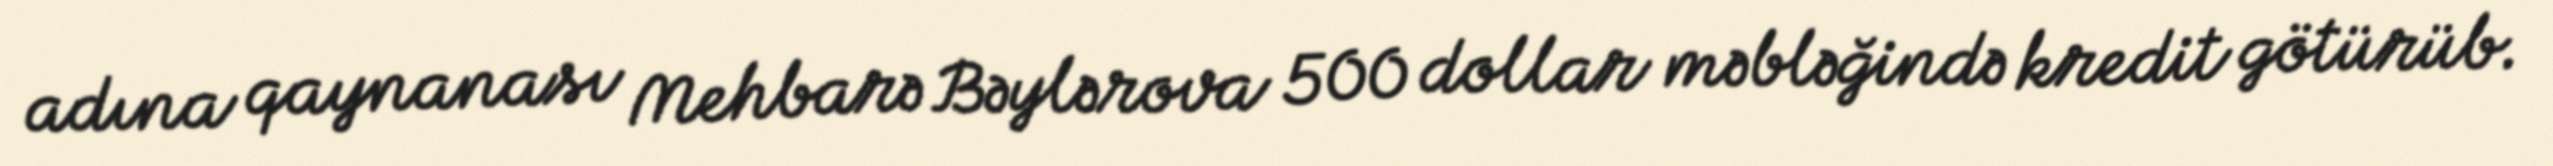
adına qaynanası Mehbarə Bəylərova 500 dollar məbləğində kredit götürüb.